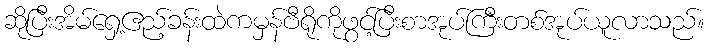
ဆိုပြီးအိမ်ရှေ့ဧည့်ခန်းထဲကမှန်ဗီရိုကိုဖွင့်ပြီးစာအုပ်ကြီးတစ်အုပ်ယူလာသည်။